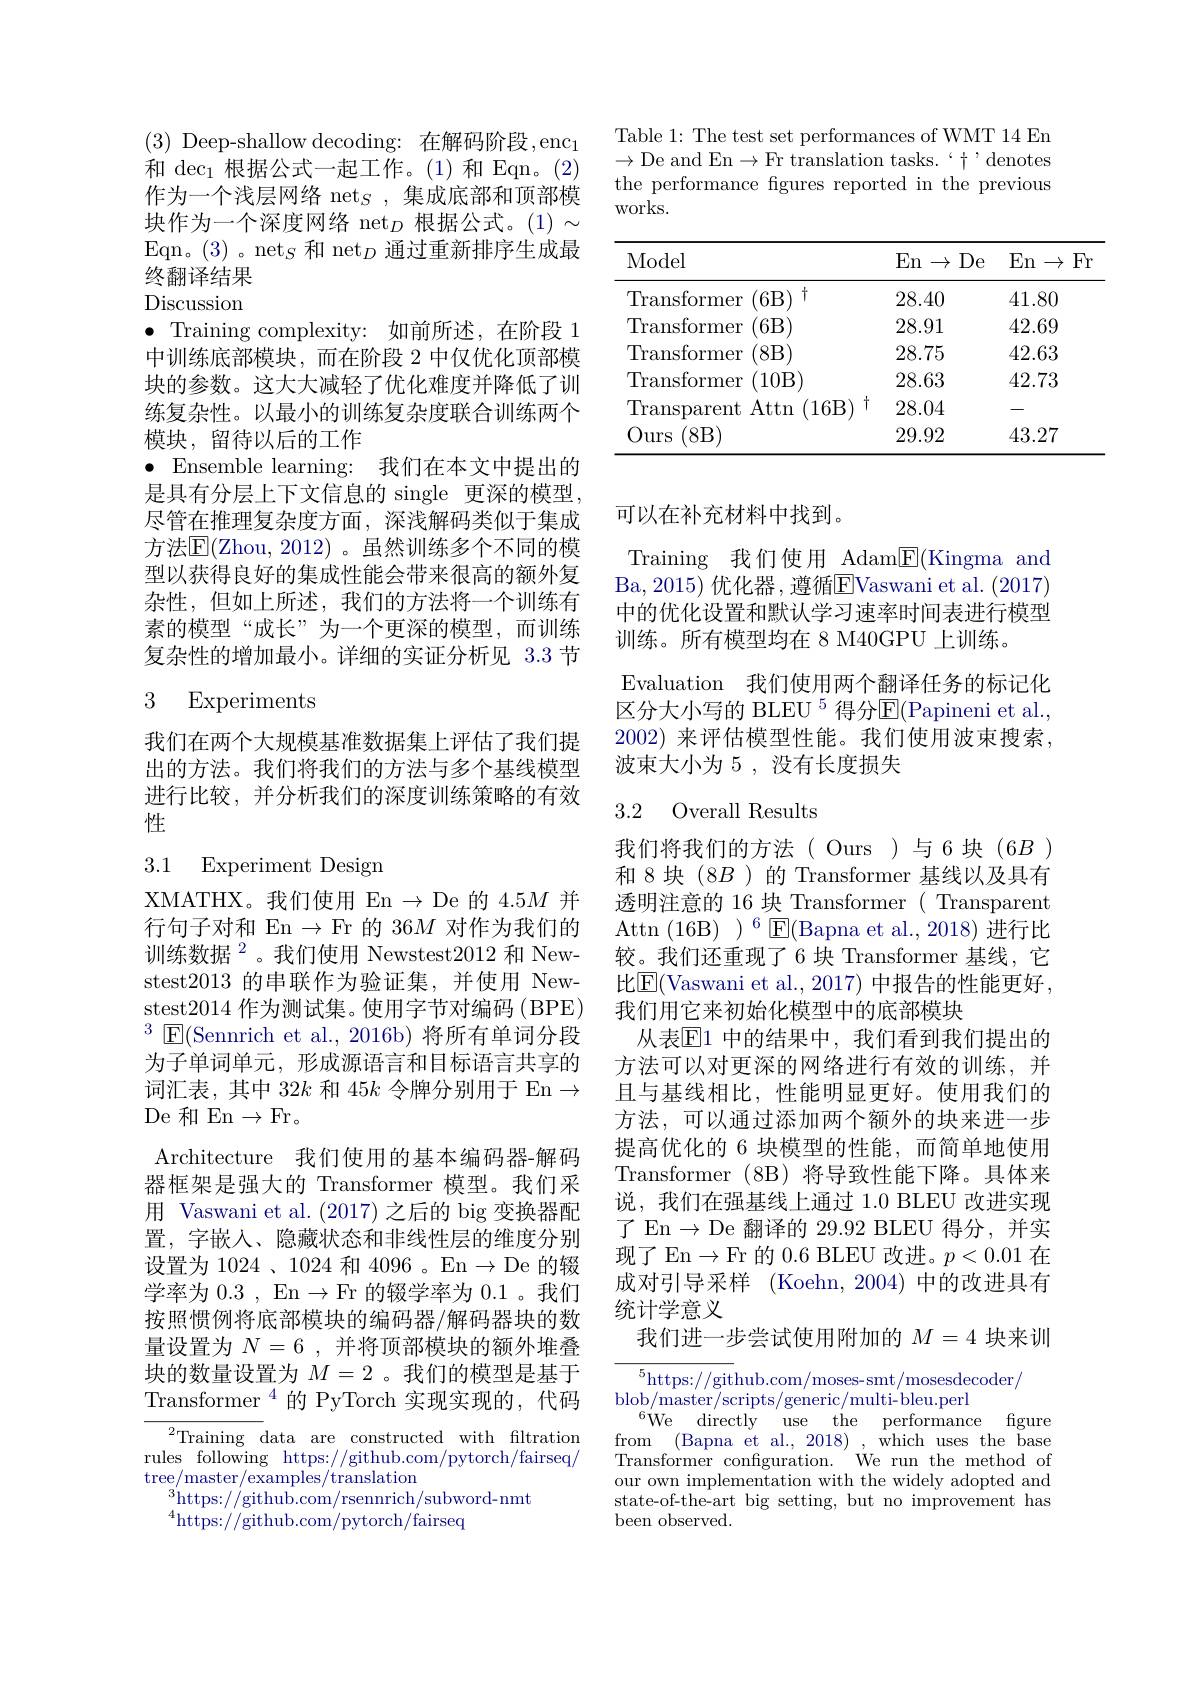
Table 1: The test set performances of WMT 14 En $\to$De and En$\to$Fr translation tasks.$`\dagger$,denotes the performance figures reported in the previous works.

<table>
	<tbody>
		<tr>
			<th>Model</th>
			<th>En De $1\rightarrow$</th>
			<th>En Fr $\rightarrow$ -</th>
		</tr>
		<tr>
			<td>Transformer (6B $T$</td>
			<td>28.40</td>
			<td>41.80</td>
		</tr>
		<tr>
			<td>Transformer 6B</td>
			<td>28.91</td>
			<td>42.69</td>
		</tr>
		<tr>
			<td>Transformer 8B</td>
			<td>28.75</td>
			<td>42.63</td>
		</tr>
		<tr>
			<td>Transformer 10B</td>
			<td>28.63</td>
			<td>42.73</td>
		</tr>
		<tr>
			<td>Transparent Attn (16B</td>
			<td>28.04</td>
			<td> </td>
		</tr>
		<tr>
			<td>(8B Ours</td>
			<td>29.92</td>
			<td>43.27</td>
		</tr>
	</tbody>
</table>

(3) Deep-shallow decoding: 在解码阶段，e$nc_1$ 和$\det_1$根据公式一起工作。(1)和 Eqn。(2) 作为一个浅层网络 net$_S$,集成底部和顶部模块作为一个深度网络 net$_D$根据公式。(1) 小Eqn。(3)。net$_S$和 net$_D$通过重新排序生成最终翻译结果Discussion $\bullet$ Training complexity: 如前所述，在阶段 1中训练底部模块，而在阶段 2 中仅优化顶部模块的参数。这大大减轻了优化难度并降低了训练复杂性。以最小的训练复杂度联合训练两个模块，留待以后的工作
$\bullet$ Ensemble learning: 我们在本文中提出的是具有分层上下文信息的 single 更深的模型， 尽管在推理复杂度方面，深浅解码类似于集成方法$\overline{\mathrm{E}}($Zhou, 2012)。虽然训练多个不同的模型以获得良好的集成性能会带来很高的额外复杂性，但如上所述，我们的方法将一个训练有素的模型“成长”为一个更深的模型，而训练复杂性的增加最小。详细的实证分析见 3.3 节

# 3 Experiments

我们在两个大规模基准数据集上评估了我们提出的方法。我们将我们的方法与多个基线模型进行比较，并分析我们的深度训练策略的有效性

## 3.1 Experiment Design

XMATHX。我们使用 En $\to$ De 的 4.5$M$并行句子对和 En $\to$Fr 的 36$M$对作为我们的训练数据$^2$。我们使用 Newstest2012 和 Newstest2013 的串联作为验证集，并使用 Newstest2014 作为测试集。使用字节对编码 (BPE) $^3$E(Sennrich et al., 2016b) 将所有单词分段为子单词单元，形成源语言和目标语言共享的词汇表，其中 32k 和 45$k$令牌分别用于 En$\to$ $\operatorname{De}$和 En$\to\operatorname{Fr}$。
Architecture 我们使用的基本编码器-解码器框架是强大的 Transformer 模型。我们采用 Vaswani et al.(2017) 之后的 big 变换器配置，字嵌入、隐藏状态和非线性层的维度分别设置为 1024 、1024 和 4096 。En $\to$De 的辍学率为 0.3 , En $\to$Fr 的辍学率为 0.1 。我们按照惯例将底部模块的编码器/解码器块的数量设置为$N=6$,并将顶部模块的额外堆叠块的数量设置为$M=2$ 。我们的模型是基于Transformer$^{4}$的 PyTorch 实现实现的，代码

$^{2}$Training data are constructed with fltration rules following https://github.com/pytorch/fairseq/ tree/master/examples/translation
$^{3}$https://github.com/rsennrich/subword-nmt
$^{4}$https://github.com/pytorch/fairseq

可以在补充材料中找到。
Training 我们使用 Adam$\boxed{\mathrm{E}}($Kingma and Ba,2015) 优化器，遵循EVaswani et al. (2017) 中的优化设置和默认学习速率时间表进行模型训练。所有模型均在 8 M40GPU 上训练。
Evaluation 我们使用两个翻译任务的标记化区分大小写的 BLEU $^5$ 得分$\mathbb{E}($Papineni et al. 2002) 来评估模型性能。我们使用波束搜索， 波束大小为 5 , 没有长度损失

# 3.2 Overall Results

我们将我们的方法( Ours)与6块(6B) 和 8 块 (8B )的 Transformer 基线以及具有透明注意的 16 块 Transformer ( Transparent $\mathrm{Attn~(16B)~)~}^{6}$E(Bapna et al.,2018)进行比较。我们还重现了6 块 Transformer 基线，它比$\boxed{\mathrm{E}}($Vaswani et al.,2017) 中报告的性能更好， 我们用它来初始化模型中的底部模块
从表$\mathbb{E}1$ 中的结果中，我们看到我们提出的方法可以对更深的网络进行有效的训练，并且与基线相比，性能明显更好。使用我们的方法，可以通过添加两个额外的块来进一步提高优化的 6 块模型的性能，而简单地使用Transformer (8B) 将导致性能下降。具体来说，我们在强基线上通过 1.0 BLEU 改进实现了 En$\to$De 翻译的 29.92 BLEU 得分，并实现了 En$\to$Fr 的 0.6 BLEU 改进。$p<0.01$在成对引导采样 (Koehn,2004)中的改进具有统计学意义
我们进一步尝试使用附加的$M=4$块来训

$\overline{{^5\text{https://git}}}$hub.com/moses-smt/mosesdecoder/
blob/ master/ scripts/ generic/ multi- bleu. perl
$^{6}$We directly use the
performance figure
from (Bapna et al., 2018),which uses the base Transformer confguration. 'We run the method of our own implementation with the widely adopted and state-of-the-art big setting, but no improvement has been observed.